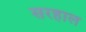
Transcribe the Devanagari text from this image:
सरहाल